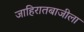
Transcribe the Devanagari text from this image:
जाहिरातबाजीला